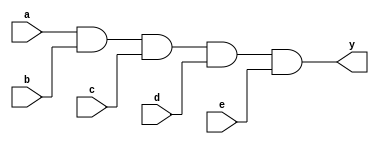
`timescale 1ns / 1ps
//////////////////////////////////////////////////////////////////////////////////
// Module Name: xup_and5
//////////////////////////////////////////////////////////////////////////////////
module xup_and5 #(parameter DELAY=3)(
    input wire a,
    input wire b,
    input wire c,
    input wire d,
    input wire e,
    output wire y
    );
    
    and #DELAY(y,a,b,c,d,e);
    
endmodule